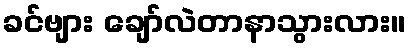
ခင်ဗျား ချော်လဲတာနာသွားလား။